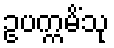
ဥပက္ကမိံသု